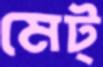
মেট্‌